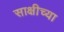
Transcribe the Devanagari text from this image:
साक्षीच्या